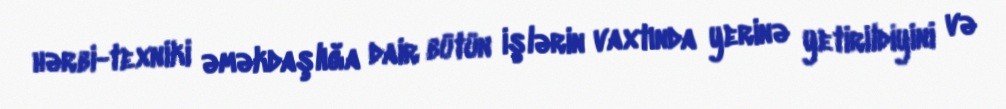
hərbi-texniki əməkdaşlığa dair bütün işlərin vaxtında yerinə yetirildiyini və